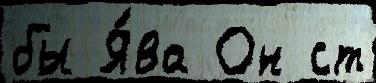
бы Я́ва Он ст